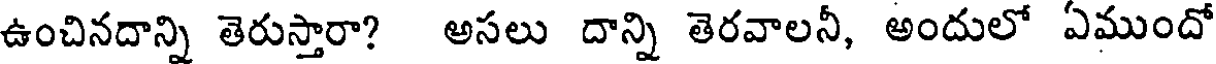
ఉంచినదాన్ని తెరుస్తారా? అసలు దాన్ని తెరవాలనీ, అందులో ఏముందో